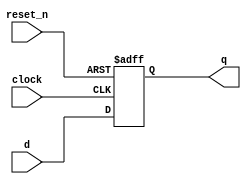
//  PURPOSE: An RTL modeling for a D-flipflop.

module  dff
#(
    parameter RSTVAL = 1'b0
)
(
    input reset_n,
    input clock,
    input d,
    output q
);
reg q_r;

always @(posedge clock, negedge reset_n) begin
    if(~reset_n)
    begin
       q_r <= RSTVAL;
    end
    else
    begin
       q_r <= d; 
    end
end

assign q = q_r;

endmodule